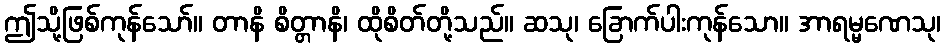
ဤသို့ဖြစ်ကုန်သော်။ တာနိ စိတ္တာနိ၊ ထိုစိတ်တို့သည်။ ဆသု၊ ခြောက်ပါးကုန်သော။ အာရမ္မဏေသု၊